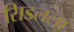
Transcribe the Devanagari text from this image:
सिडलला